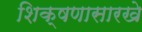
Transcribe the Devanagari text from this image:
शिक्षणासारखे